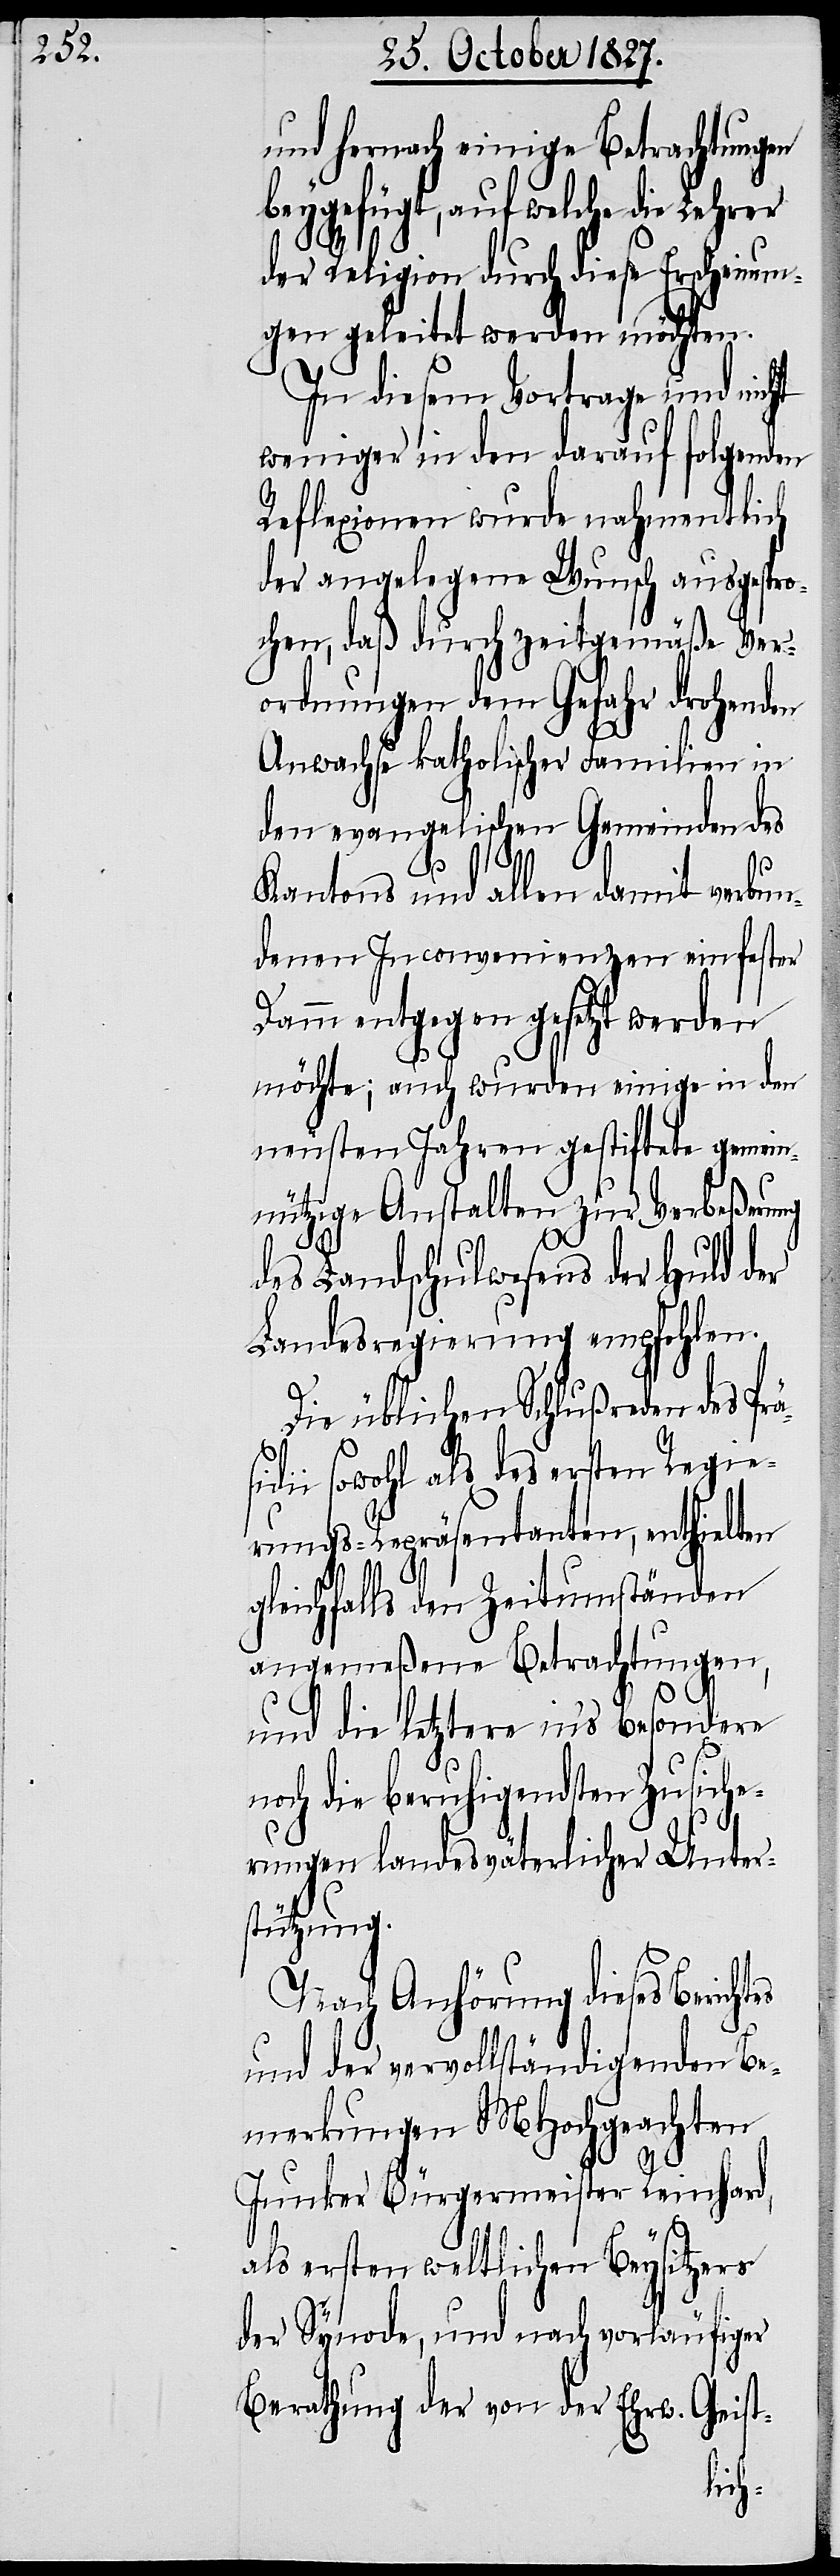
und hernach einige Betrachtungen
beygefügt, auf welche die Lehrer
der Religion durch diese Erscheinun¬
gen geleitet werden möchten.
In diesem Vortrage und nicht
weniger in den darauf folgenden
Reflexionen wurde nahmentlich
der angelegene Wunsch ausgespro¬
chen, daß durch zweitgemäße Ver¬
ordnungen dem Gefahr drohenden
Anwachse katholischer Familien in
den evangelischen Gemeinden des
äsidi¬
tes
Kantons und allen damit verbun¬
denen Inconvenienzen ein fester
Damm entgegen gesetzt werden
möchte; auch wurden einige in den
neusten Jahren gestiftete gemein¬
nützige Anstalten zur Verbeßerung
g¬
des Landschulwesens der Huld der
Landesregierung empfohlen.
Die üblichen Schlußreden des Pr¬
i sowohl als des ersten Regie¬
rungs-Repräsentanten, enthielten
leichfalls den Zeitumständen
angemeßene Betrachtungen,
und die letztere in’s besondere
noch die beruhigenden Zusiche¬
rungen landesväterlicher Unter¬
stützung.
Nach Anhörung dieses Berich¬
und der vervollständigenden Be¬
merkungen MHochgeachten
Junker Bürgermeister Reinhard,
als ersten weltlichen Beysitzer
der Synode, und nach vorläufiger
Berathung der von der Ehrw. Geist-